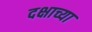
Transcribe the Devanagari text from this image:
दक्षाच्या